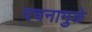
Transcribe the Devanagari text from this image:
वचनामुळे